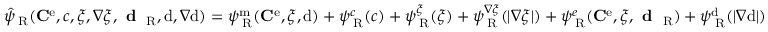
\hat { \psi } _ { \mathrm { \tiny ~ R } } ( { \bf C } ^ { \mathrm { e } } , c , \xi , \nabla \xi , \textbf { d } _ { \mathrm { \tiny ~ R } } , \mathrm { d } , \nabla \mathrm { d } ) = \psi _ { \mathrm { \tiny ~ R } } ^ { \mathrm { m } } ( { \bf C } ^ { \mathrm { e } } , \xi , \mathrm { d } ) + \psi _ { \mathrm { \tiny ~ R } } ^ { c } ( c ) + \psi _ { \mathrm { \tiny ~ R } } ^ { \xi } ( \xi ) + \psi _ { \mathrm { \tiny ~ R } } ^ { \nabla \xi } ( | \nabla \xi | ) + \psi _ { \mathrm { \tiny ~ R } } ^ { e } ( { \bf C } ^ { \mathrm { e } } , \xi , \textbf { d } _ { \mathrm { \tiny ~ R } } ) + \psi _ { \mathrm { \tiny ~ R } } ^ { \mathrm { d } } ( | \nabla \mathrm { d } | )